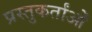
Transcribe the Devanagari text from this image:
प्रस्तुकर्तांओं